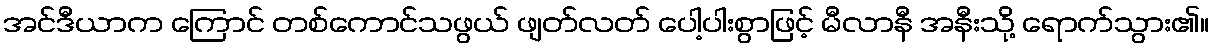
အင်ဒီယာက ကြောင် တစ်ကောင်သဖွယ် ဖျတ်လတ် ပေါ့ပါးစွာဖြင့် မီလာနီ အနီးသို့ ရောက်သွား၏။